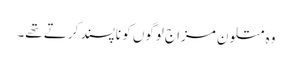
وہ متلون مزاج لوگوں کو ناپسند کرتے تھے۔